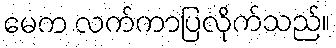
မေက လက်ကာပြလိုက်သည်။